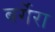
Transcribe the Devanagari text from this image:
बर्गेरा